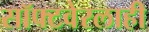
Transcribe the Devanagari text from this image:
सॉफ्टवेरलाही